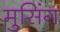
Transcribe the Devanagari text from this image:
मुसिंग